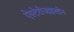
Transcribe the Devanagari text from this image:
ऐस्टेरोजाइलोन